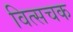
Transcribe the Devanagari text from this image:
वित्सचक